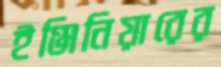
ইঞ্জিনিয়ারের